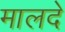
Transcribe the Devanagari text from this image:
मालदे